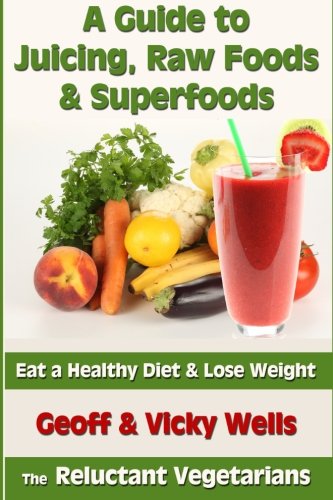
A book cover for A Guide to Juicing, Raw Foods & Superfoods: Eat a Healthy Diet & Lose Weight (Reluctant Vegetarians); Geoff Wells; Cookbooks, Food & Wine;